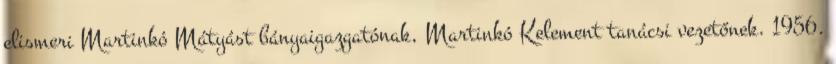
elismeri Martinkó Mátyást bányaigazgatónak, Martinkó Kelement tanácsi vezetőnek. 1956.